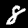
Digit: 8